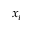
x _ { i }